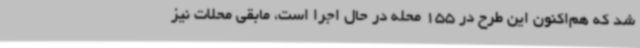
شد که هم‌اکنون این طرح در 155 محله در حال اجرا است، مابقی محلات نیز